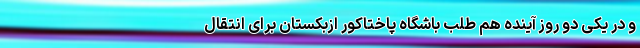
و در یکی دو روز آینده هم طلب باشگاه پاختاکور ازبکستان برای انتقال